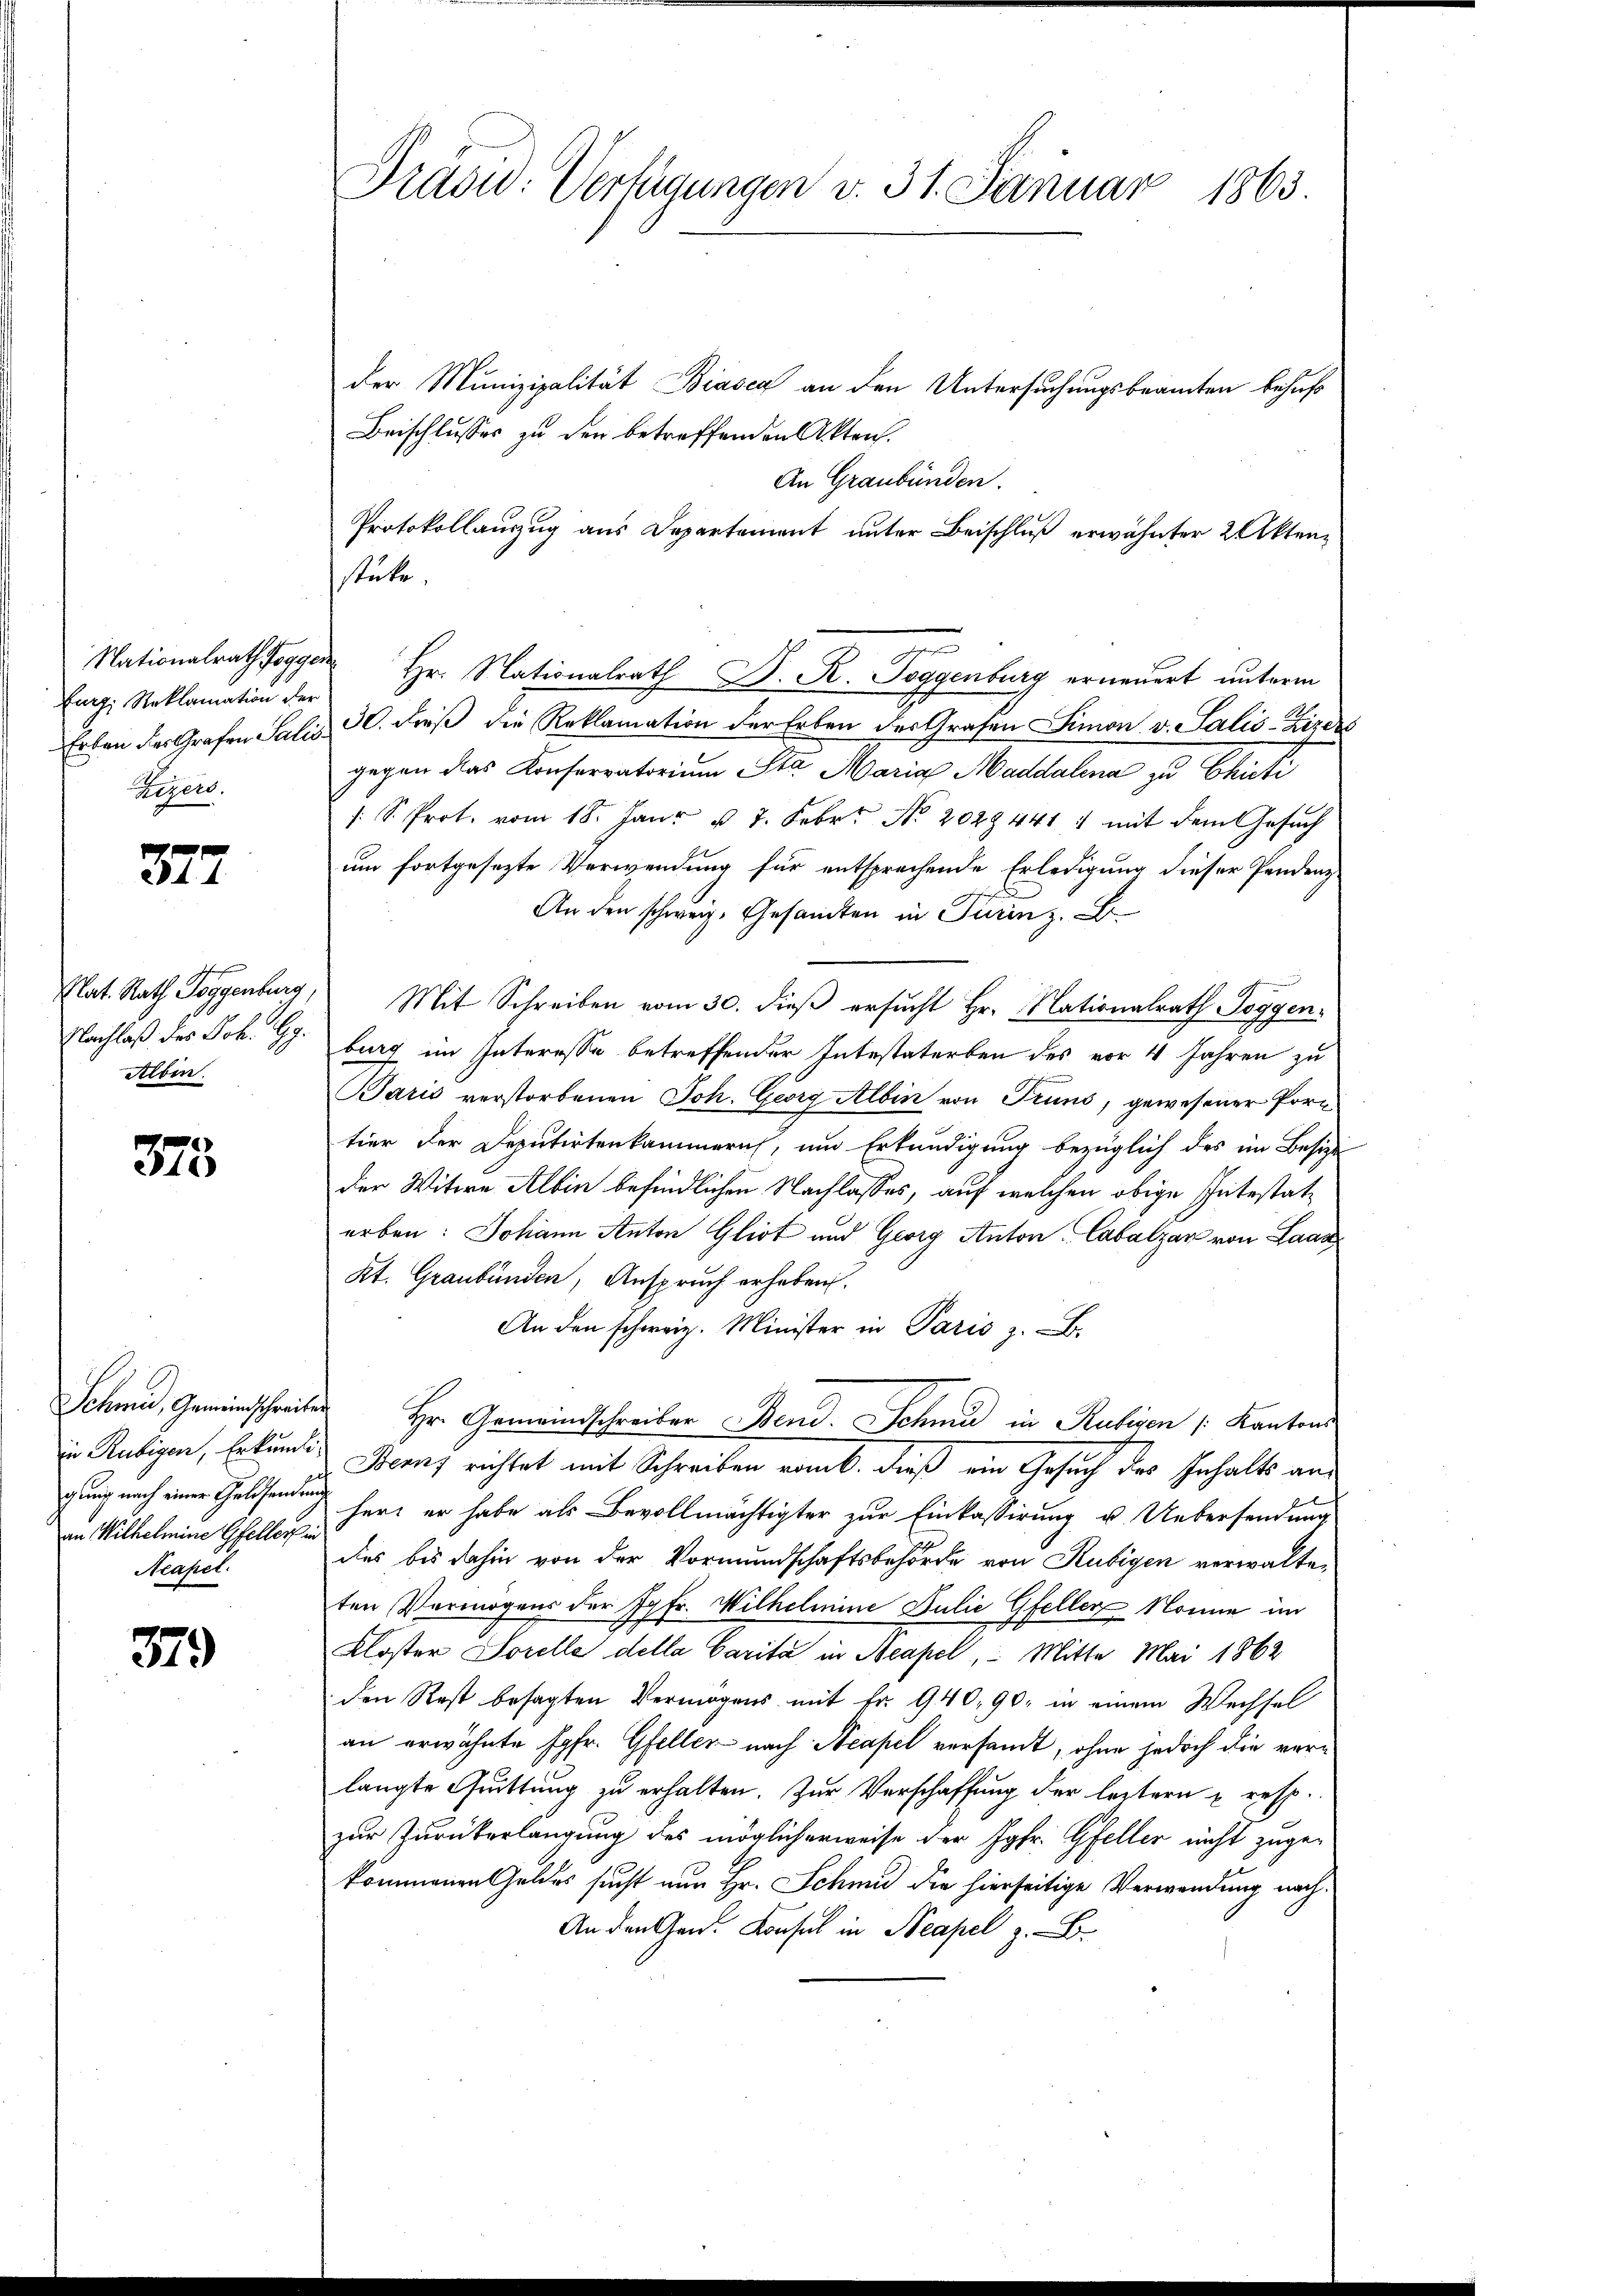
furg, Reklamation der
Hegers.

372

Albin.

375.

an Wilhelmine Gfeller in
Neapel.

379

Präsid: Verfügungen v. 31. Januar 1863

der Munizipalität Biasca an den Untersuchungsbeamten behufs
Beischlusses zu den betreffenden Akten.
An Graubünden.
Protokollauszug aus Departement unter Beischluß erwähnter 2 Aktenstube.
e
Nationalrath Jogge Hr. Nationalrath D. R. Toggenburg erneuert unterm
7
Erben der Grafen Salis 30. dieß die Reklamation der Erben des Grafen Simon v. Salis-Zizdes
gegen das Konservatorium St. Maria Maddalena zu Chuti
/: S. Prot. vom 18. Janr u. 7. Febr. No. 2029441 : mit dem Gesuch
um fortgesezte Verwendung für entsprechende Erledigung dieser Pendenz
An den schweiz. Gesamten in Turin z. B
Elat. Rath Toggenburg, Mit Schreiben vom 30. dieß ersucht Hr. Nationalrath Joggen¬
Nachlaß des Joh. G. burg im Interesse betreffender Intestaterben des vor 4 Jahren zu
Baris verstorbenen Joh. Georg Albin von Truns, gewesener Portior der Deputirtenkammern, und Erkundigung bezüglich des im Besize
der Witwe Albin befindlichen Nachlasses, auf welchen obige Intestaterben: Johann Anton Gliot und Georg Anton, Cabalzar von Laas
Kt. Graubünden, Anspruch erhaben.
An den schweiz. Minister in Paris z. B.
Schmid, Gemeindschreiter Hr. Gemeindschreiber Bend. Schne in Ruhigen Kantons
in Rubigen, Erkunde Beruf richtet mit Schreiben rank. Dieß ein Gesuch des Inhalts angung nach einer Geldsamung herz er habe als Bevollmächtigter zur Einkassirung u. Uebersendung
des bis dahin von der Vormundschaftsbehörde von Rubigen verwalteten Vermögens der Jgfr. Wilhelmine Julie Gfeller Nomie im
Kloster Sorelle della Carita in Neapel, Mitte Mai 1862
den Rest besagten Vermögens mit Fr. 940, 90, in einem Wechsel
an erwähnte Jgfr. Gfeller nach Neapel versandt, ohne jedoch die verlangte Quittung zu erhalten. Zur Verschaffung der leztern u. resp.
zur Zurükerlangung des möglicherweise der Jgfr. Gfeller nicht zuge-
kommenen Geldes sucht nun Hr. Schmid die hierseitige Verwendung nach¬
An den Gen. Konsul in Neapel z. B.